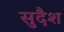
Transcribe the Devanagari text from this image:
सुदैश